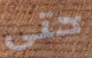
حتى